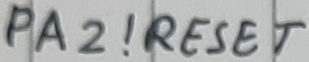
Text: PA2!RESET